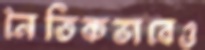
নৈতিকভাবেও